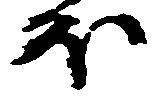
ほ